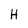
Character: H